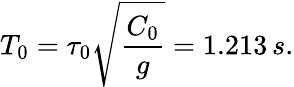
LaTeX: T_{0}=\tau_{0}\sqrt{\frac{C_{0}}{g}}=1.213\, s.